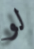
لو